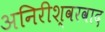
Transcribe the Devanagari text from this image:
अनिरीश्वरवाद